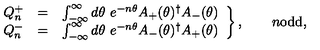
\left. \begin{array} { r c l } { Q _ { n } ^ { + } } & { = } & { \int _ { - \infty } ^ { \infty } d \theta \ e ^ { - n \theta } A _ { + } ( \theta ) ^ { \dagger } A _ { - } ( \theta ) } \\ { Q _ { n } ^ { - } } & { = } & { \int _ { - \infty } ^ { \infty } d \theta \ e ^ { - n \theta } A _ { - } ( \theta ) ^ { \dagger } A _ { + } ( \theta ) } \\ \end{array} \right\} , \qquad n { \mathrm { o d d } } ,